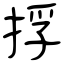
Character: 捊